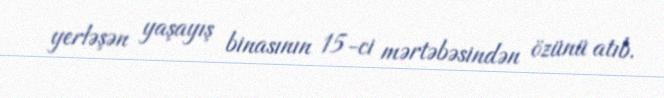
yerləşən yaşayış binasının 15-ci mərtəbəsindən özünü atıb.